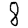
Digit: 8